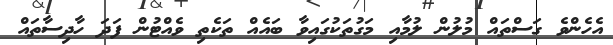
އެހެންވެ ގަސްތައް މުލުން ލުމާއި މަގުތަކުގައިވާ ބައެއް ތަކެތި ވެއްޓުން ފަދަ ހާދިސާތައް